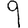
Digit: 9